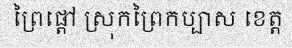
ព្រៃផ្តៅ ស្រុកព្រៃកប្បាស ខេត្ត